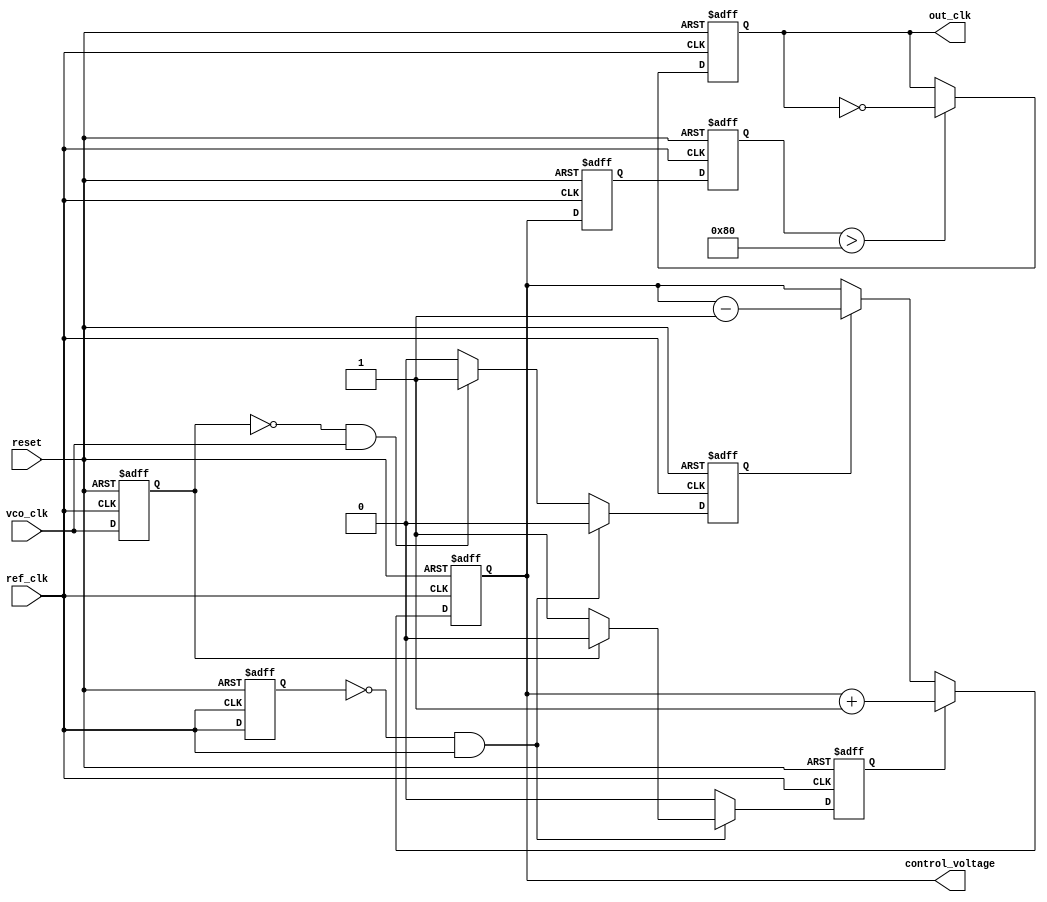
module CP_PLL (
    input wire ref_clk,         // Reference Clock
    input wire vco_clk,         // VCO Clock for feedback
    input wire reset,           // Reset signal
    output reg out_clk,         // Output clock
    output reg [7:0] control_voltage // Control voltage for VCO (simplified)
);

// PFD signals
reg pfd_up, pfd_down;
reg last_ref_clk, last_vco_clk;

// Charge Pump parameters
parameter CP_UP_CURRENT = 8'b00000001;  // Charge current
parameter CP_DOWN_CURRENT = 8'b00000001; // Discharge current

// Loop Filter parameters
reg [7:0] loop_filter_output;

// VCO parameters
reg [7:0] vco_frequency;

// Phase Frequency Detector (PFD)
always @(posedge ref_clk or posedge reset) begin
    if (reset) begin
        last_ref_clk <= 0;
        last_vco_clk <= 0;
        pfd_up <= 0;
        pfd_down <= 0;
    end else begin
        if (last_ref_clk == 0 && ref_clk == 1) begin
            if (last_vco_clk == 0) begin
                pfd_up <= 1; // Ref clock leads
                pfd_down <= 0;
            end else begin
                pfd_up <= 0;
                pfd_down <= 0; // Aligned
            end
        end else if (last_vco_clk == 0 && vco_clk == 1) begin
            pfd_down <= 1; // VCO clock leads
            pfd_up <= 0;
        end else begin
            pfd_up <= 0;
            pfd_down <= 0; // No phase difference
        end
        last_ref_clk <= ref_clk;
        last_vco_clk <= vco_clk;
    end
end

// Charge Pump
always @(posedge ref_clk or posedge reset) begin
    if (reset) begin
        control_voltage <= 8'b00000000;
    end else begin
        if (pfd_up) begin
            control_voltage <= control_voltage + CP_UP_CURRENT; // Increase voltage
        end else if (pfd_down) begin
            control_voltage <= control_voltage - CP_DOWN_CURRENT; // Decrease voltage
        end
    end
end

// Loop Filter (1st order, simple RC)
always @(posedge ref_clk or posedge reset) begin
    if (reset) begin
        loop_filter_output <= 8'b00000000;
    end else begin
        loop_filter_output <= control_voltage; // Directly using control voltage for simplicity
    end
end

// Voltage-Controlled Oscillator (VCO)
always @(posedge ref_clk or posedge reset) begin
    if (reset) begin
        vco_frequency <= 8'b00000000;
        out_clk <= 0;
    end else begin
        // Simple VCO behavior: frequency is proportional to control voltage
        vco_frequency <= loop_filter_output; // Adjust frequency based on control voltage
        out_clk <= (vco_frequency > 8'b10000000) ? ~out_clk : out_clk; // Toggle clock based on frequency
    end
end

endmodule